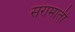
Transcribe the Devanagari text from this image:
सरामाती